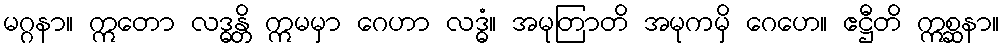
မဂ္ဂနာ။ ဣတော လဒ္ဓန္တိ ဣမမှာ ဂေဟာ လဒ္ဓံ။ အမုတြာတိ အမုကမှိ ဂေဟေ။ ဧဋ္ဌီတိ ဣစ္ဆနာ။